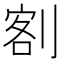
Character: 𭃺